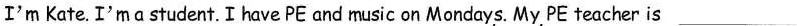
I'm Kate.I'mαstudent.Ihave PE and music on Mondays. My PE teacher is ___